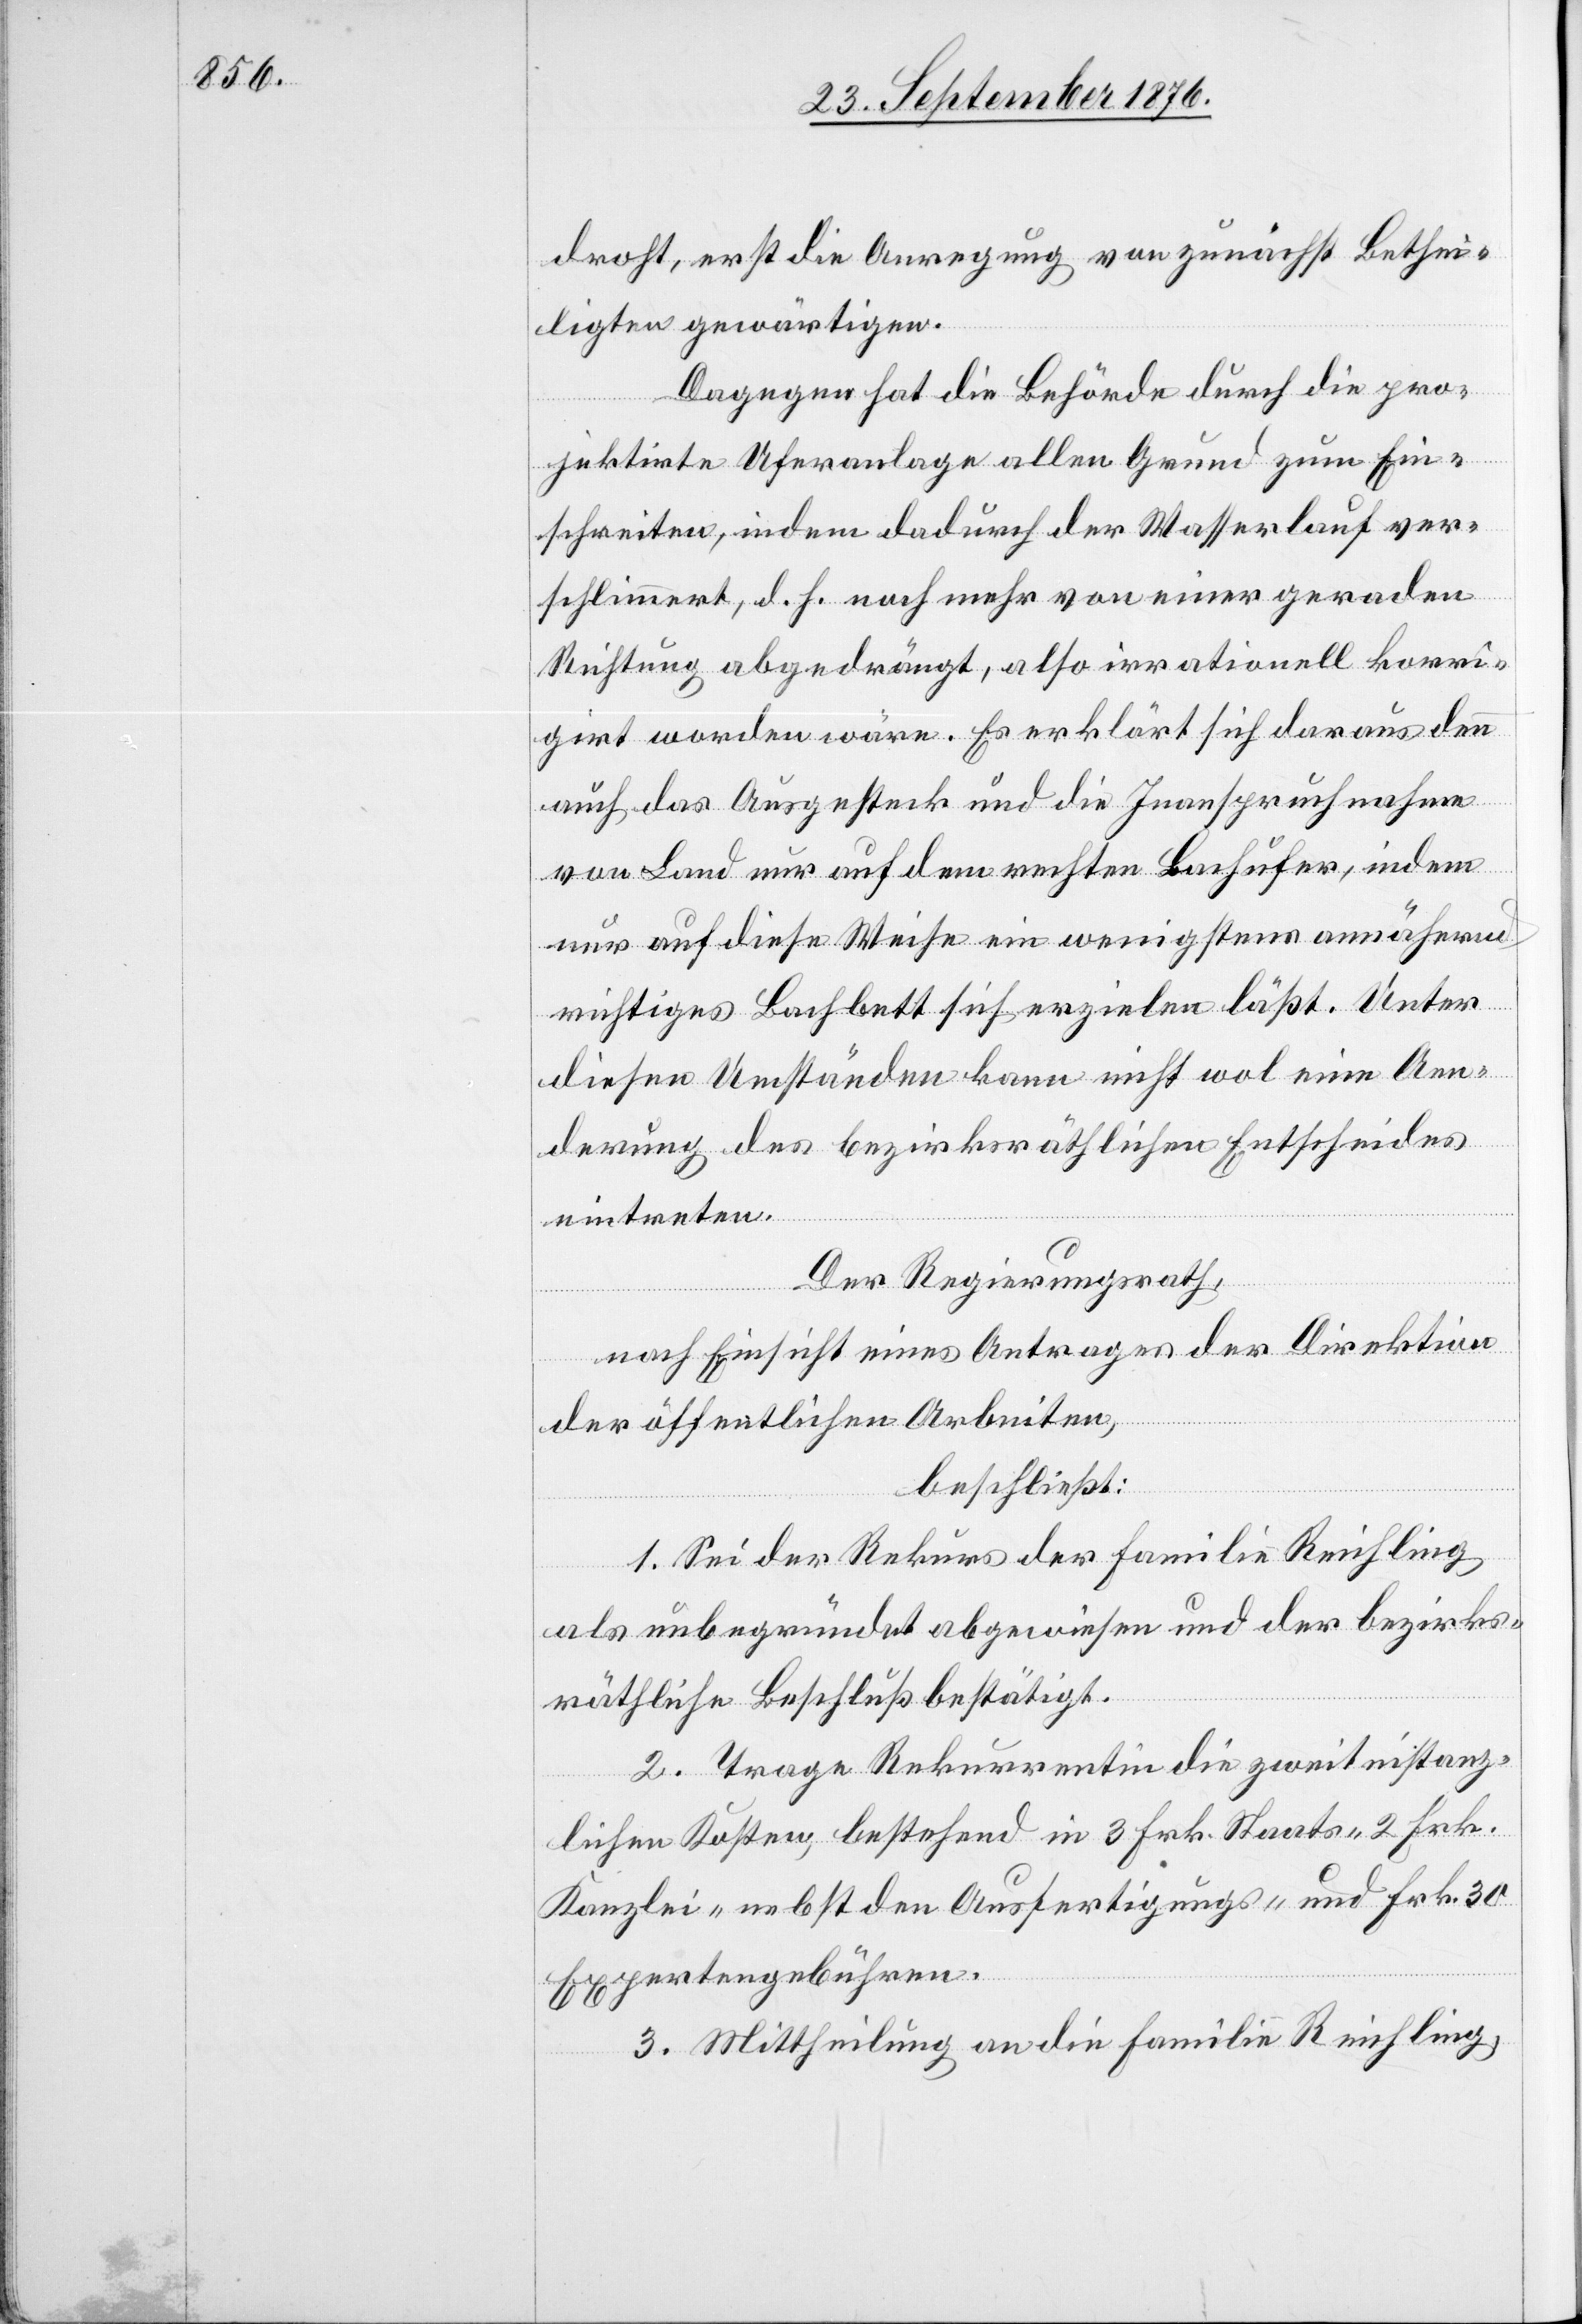
droht, erst die Anregung von zunächst Bethei¬
ligten gewärtigen.
Dagegen hat die Behörde durch die pro¬
jektirte Uferanlage allen Grund zum Ein¬
schreiten, indem dadurch der Wasserlauf ver¬
schlimmert, d. h. noch mehr von einer geraden
Richtung abgedrängt, also irrationell korri¬
girt worden wäre. Es erklärt sich daraus denn
auch, das Ausgesteck und die Inanspruchnahme
von Land nur auf dem rechten Bachufer, indem
nur auf diese Weise ein wenigstens annähernd
richtiges Bachbett sich erzielen läßt. Unter
diesen Umständen kann nicht wol eine Aen¬
derung des bezirksräthlichen Entscheides
eintreten.
Der Regierungsrath,
nach Einsicht eines Antrages der Direktion
der öffentlichen Arbeiten,
beschließt:
1. Sei der Rekurs der Familie Reichling
als unbegründet abgewiesen und der bezirks¬
räthliche Beschluß bestätigt.
2. Trage Rekurrentin die zweitinstanz¬
lichen Kosten bestehend in 3 Frk. Staats- 2 Frk.
Kanzlei- nebst den Ausfertigungs- und Frk. 30
Expertengebühren.
3. Mittheilung an die Familie Reichling,